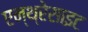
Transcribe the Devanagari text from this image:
एन्थ्रेसाइट